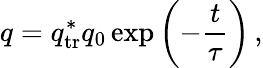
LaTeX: q=q_{\mathrm{tr}}^{*}q_{0}\exp{\left(-\frac{t}{\tau}\right)}\, ,